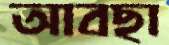
আবছা